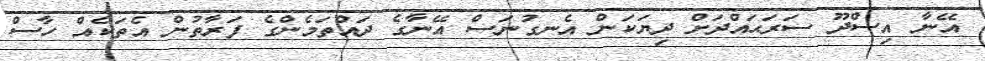
އޭނާ އިސްދޫ ސަރަޙައްދަށް ދިޔަކަން އެނގުނަސް އޭނާގެ ދައްތަމެންގެ ފަރާތުން އެތަކެއް ހާސް